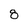
Character: 8